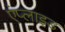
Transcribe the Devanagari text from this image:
एंप्‍लाइड